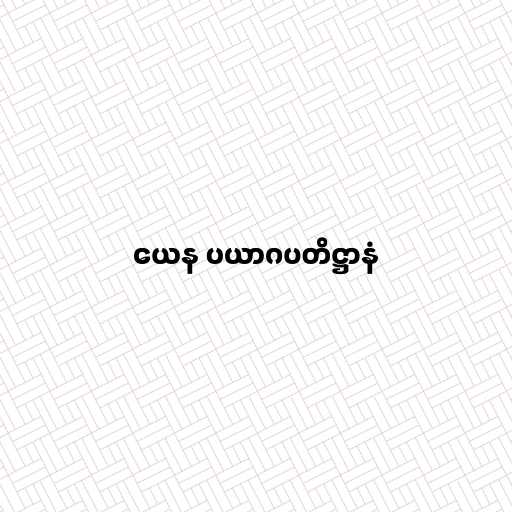
ယေန ပယာဂပတိဋ္ဌာနံ